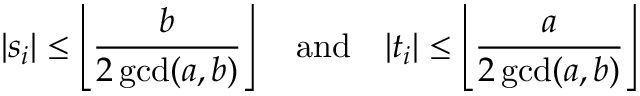
| s _ { i } | \leq \left\lfloor { \frac { b } { 2 \operatorname* { g c d } ( a , b ) } } \right\rfloor \quad { \mathrm { a n d } } \quad | t _ { i } | \leq \left\lfloor { \frac { a } { 2 \operatorname* { g c d } ( a , b ) } } \right\rfloor